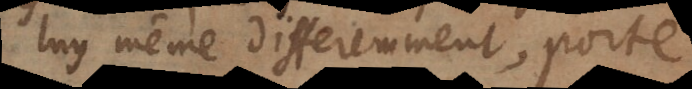
luy même differemment, porte